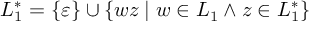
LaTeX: L _ { 1 } ^ { * } = \{ \varepsilon \} \cup \{ w z \mid w \in L _ { 1 } \land z \in L _ { 1 } ^ { * } \}